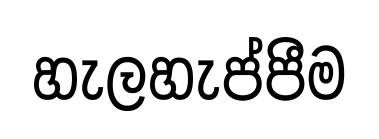
හැලහැප්පීම